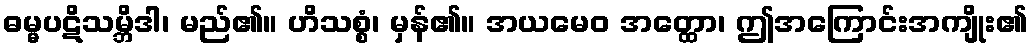
ဓမ္မပဋိသမ္ဘိဒါ၊ မည်၏။ ဟိသစ္စံ၊ မှန်၏။ အယမေဝ အတ္ထော၊ ဤအကြောင်းအကျိုး၏